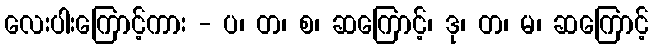
လေးပါးကြောင့်ကား - ပ၊ တ၊ စ၊ ဆကြောင့်၊ ဒု၊ တ၊ မ၊ ဆကြောင့်